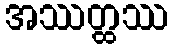
အဿတ္ထဿ